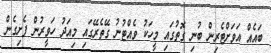
ބައެއް އަވަށްޓެރިން ބުނި ގޮތުގައި މީހަކު ވެއްޓުނު ގޭތެރޭގައި މިއަދު ހަވީރުން ފެށިގެން